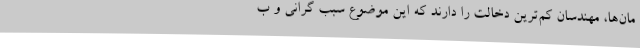
مان‌ها، مهندسان کم‌ترین دخالت را دارند که این موضوع سبب گرانی و ب